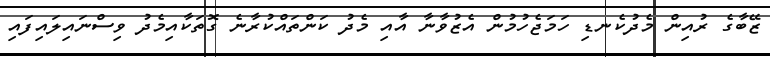
ޒޭބާގެ ރުއިން މެދުކެނޑި ހަމަޖެހުމުން އެޒުވާނާ އާއި މެދު ކަންތައްކުރާނެ ގޮތަކާއިމެދު ވިސްނައިލައިފައި